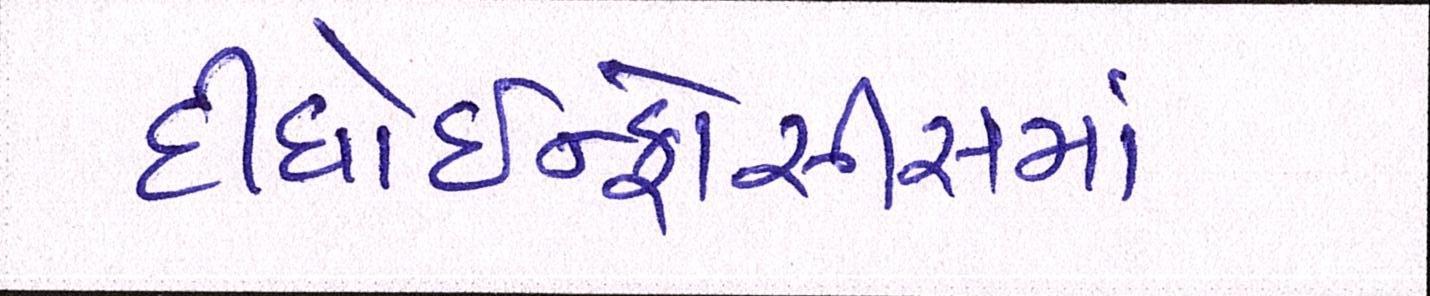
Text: દીધોઇન્ફોસીસમાં